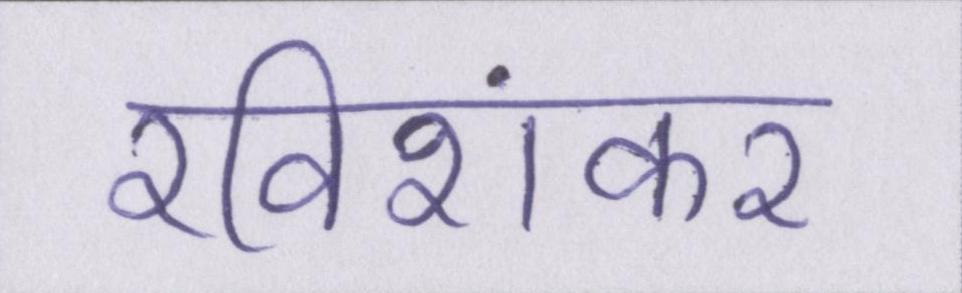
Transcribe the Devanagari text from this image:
रविशंकर